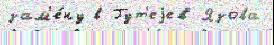
зам'е́ну в Гут'еjев Язова